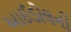
આઈડોલની